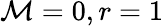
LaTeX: {\cal M}=0,r=1